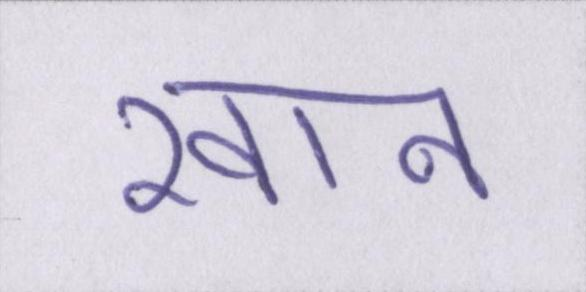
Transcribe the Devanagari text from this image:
खान